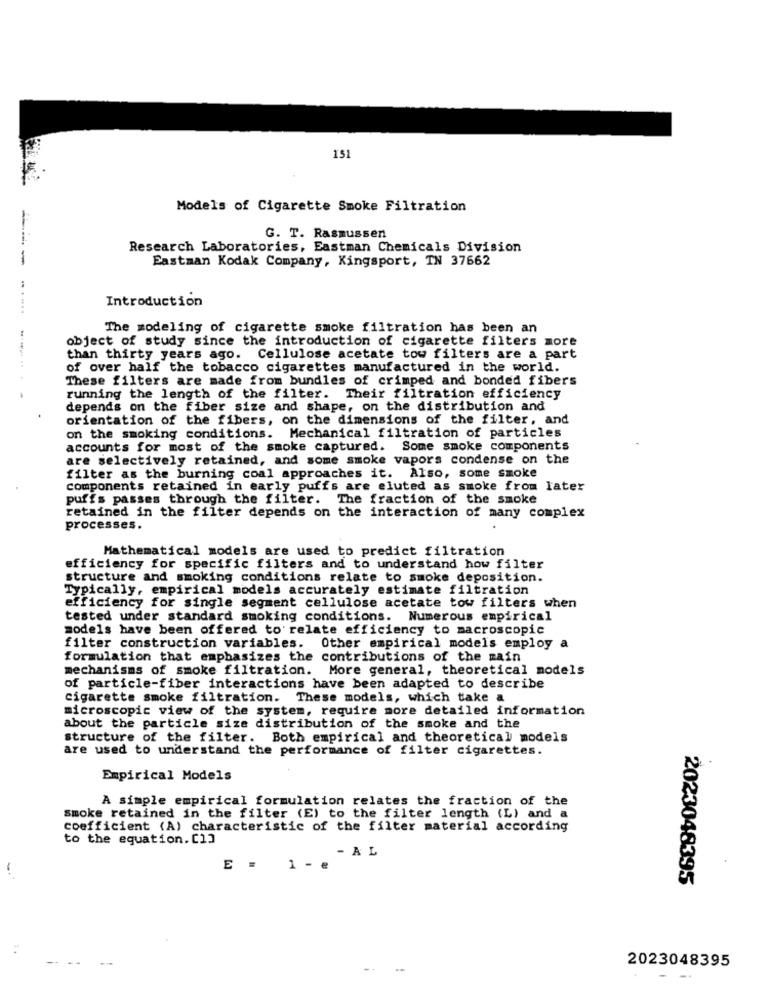
151
Models of Cigarette Smoke Filtration
G. T. Rasmussen
Research Laboratories, Eastman Chemicals Division
Eastman Kodak Company, Kingsport, IN 37662
Introduction
The modeling of cigarette smoke filtration has been an
object of study since the introduction of cigarette filters more
---------
than thirty years ago. Cellulose acetate tow filters are a part
of over half the tobacco cigarettes manufactured in the world.
These filters are made from bundles of crimped and bonded fibers
running the length of the filter. Their filtration efficiency
depends on the fiber size and shape, on the distribution and
orientation of the fibers, on the dimensions of the filter, and
on the smoking conditions. Mechanical filtration of particles
accounts for most of the smoke captured. Some smoke components
are selectively retained, and some smoke vapors condense on the
filter as the burning coal approaches it. Also, some smoke
components retained in early puffs are eluted as smoke from later
puffs passes through the filter. The fraction of the smoke
retained in the filter depends on the interaction of many complex
processes.
Mathematical models are used to predict filtration
efficiency for specific filters and to understand how filter
structure and smoking conditions relate to smoke deposition.
Typically, empirical models accurately estimate filtration
efficiency for single segment cellulose acetate tow filters when
tested under standard smoking conditions. Numerous empirical
models have been offered to relate efficiency to macroscopic
filter construction variables. Other empirical models employ a
formulation that emphasizes the contributions of the main
mechanisms of smoke filtration. More general, theoretical models
of particle-fiber interactions have been adapted to describe
cigarette smoke filtration. These models, which take a
microscopic view of the system, require more detailed information
about the particle size distribution of the smoke and the
structure of the filter. Both empirical and theoretical models
are used to understand the performance of filter cigarettes.
Empirical Models
A simple empirical formulation relates the fraction of the
smoke retained in the filter (E) to the filter length (L) and a
coefficient (A) characteristic of the filter material according
to the equation. [1]
- AL
-+
E = 1 - @
2023048395
2023048395